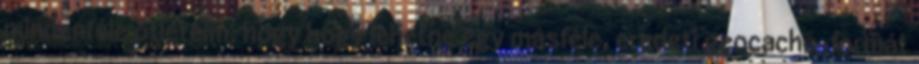
mindenféle ötleteim, hogy hogy lehetne egy másféle, eredeti geocache-formát